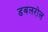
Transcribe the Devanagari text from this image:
डबलरोल